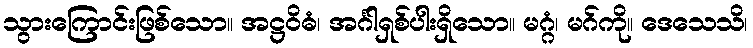
သွားကြောင်းဖြစ်သော။ အဋ္ဌဝိဓံ၊ အင်္ဂါရှစ်ပါးရှိသော။ မဂ္ဂံ၊ မဂ်ကို။ ဒေသေသိ၊